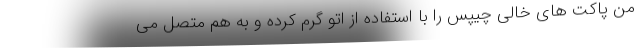
من پاکت های خالی چیپس را با استفاده از اتو گرم کرده و به هم متصل می